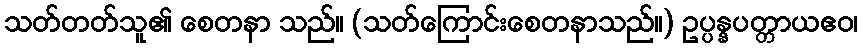
သတ်တတ်သူ၏ စေတနာ သည်။ (သတ်ကြောင်းစေတနာသည်။) ဥပ္ပန္နပတ္တာယဧဝ၊